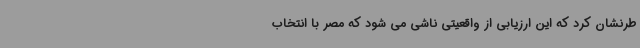
طرنشان کرد که این ارزیابی از واقعیتی ناشی می شود که مصر با انتخاب